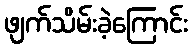
ဖျက်သိမ်းခဲ့ကြောင်း